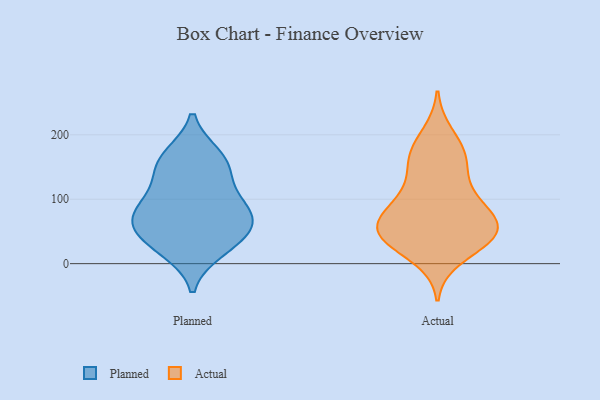
{"axis": {"x": "LTV (USD)", "y": "Value"}, "legend": ["Actual", "Planned"], "data": [{"x": "", "y": 162, "type": "Planned"}, {"x": "", "y": 21, "type": "Planned"}, {"x": "", "y": 167, "type": "Planned"}, {"x": "", "y": 67, "type": "Planned"}, {"x": "", "y": 62, "type": "Planned"}, {"x": "", "y": 42, "type": "Planned"}, {"x": "", "y": 123, "type": "Planned"}, {"x": "", "y": 94, "type": "Planned"}, {"x": "", "y": 149, "type": "Planned"}, {"x": "", "y": 75, "type": "Planned"}, {"x": "", "y": 30, "type": "Planned"}, {"x": "", "y": 81, "type": "Planned"}, {"x": "", "y": 86, "type": "Actual"}, {"x": "", "y": 34, "type": "Actual"}, {"x": "", "y": 53, "type": "Actual"}, {"x": "", "y": 108, "type": "Actual"}, {"x": "", "y": 89, "type": "Actual"}, {"x": "", "y": 163, "type": "Actual"}, {"x": "", "y": 53, "type": "Actual"}, {"x": "", "y": 62, "type": "Actual"}, {"x": "", "y": 45, "type": "Actual"}, {"x": "", "y": 10, "type": "Actual"}, {"x": "", "y": 92, "type": "Actual"}, {"x": "", "y": 141, "type": "Actual"}, {"x": "", "y": 200, "type": "Actual"}, {"x": "", "y": 40, "type": "Actual"}, {"x": "", "y": 45, "type": "Actual"}, {"x": "", "y": 50, "type": "Actual"}, {"x": "", "y": 163, "type": "Actual"}, {"x": "", "y": 175, "type": "Actual"}]}